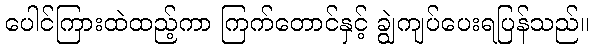
ပေါင်ကြားထဲထည့်ကာ ကြက်တောင်နှင့် ချွဲကျပ်ပေးရပြန်သည်။